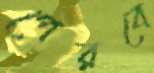
পেরবে